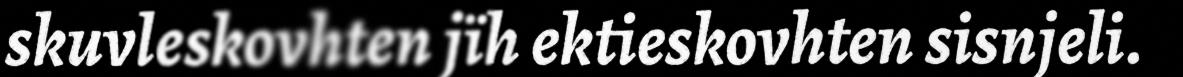
skuvleskovhten jïh ektieskovhten sisnjeli.